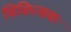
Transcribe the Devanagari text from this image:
चिकित्सकः